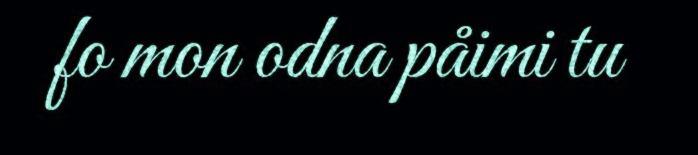
fo mon odna påimi tu